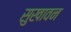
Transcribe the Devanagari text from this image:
सुखावन